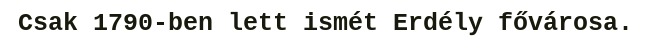
Csak 1790-ben lett ismét Erdély fővárosa.